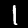
Digit: 1